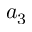
a _ { 3 }